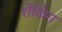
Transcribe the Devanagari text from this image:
शेकिंग